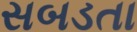
સબડતા